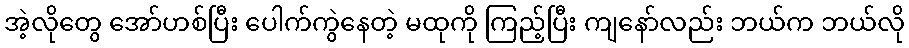
အဲ့လိုတွေ အော်ဟစ်ပြီး ပေါက်ကွဲနေတဲ့ မထုကို ကြည့်ပြီး ကျနော်လည်း ဘယ်က ဘယ်လို